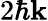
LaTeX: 2\hbar\mathbf{k}